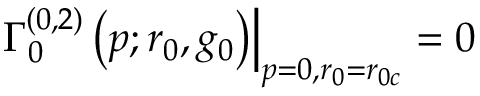
\left. \Gamma _ { 0 } ^ { ( 0 , 2 ) } \left( p ; r _ { 0 } , g _ { 0 } \right) \right| _ { p = 0 , r _ { 0 } = r _ { 0 { c } } } = 0